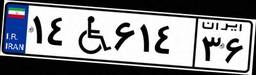
۱۴W۶۱۴۳۶